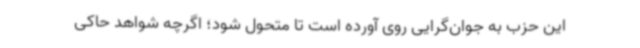
این حزب به جوان‌گرایی روی آورده است تا متحول شود؛ اگرچه شواهد حاکی